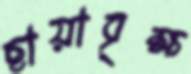
ছায়াবৃক্ষ